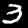
Label: 3